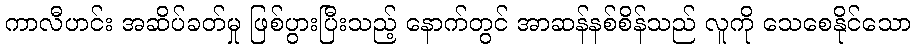
ကာလီဟင်း အဆိပ်ခတ်မှု ဖြစ်ပွားပြီးသည့် နောက်တွင် အာဆန်နစ်စိန်သည် လူကို သေစေနိုင်သော